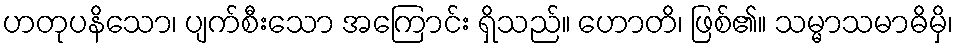
ဟတုပနိသော၊ ပျက်စီးသော အကြောင်း ရှိသည်။ ဟောတိ၊ ဖြစ်၏။ သမ္မာသမာဓိမှိ၊